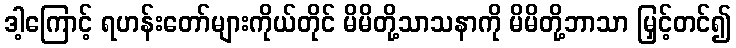
ဒါ့ကြောင့် ရဟန်းတော်များကိုယ်တိုင် မိမိတို့သာသနာကို မိမိတို့ဘာသာ မြှင့်တင်၍